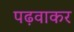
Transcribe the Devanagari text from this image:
पढ़वाकर